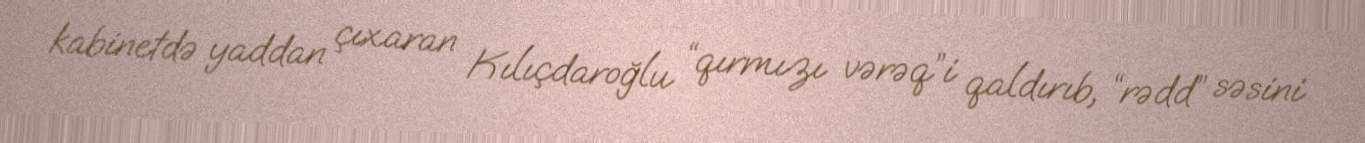
kabinetdə yaddan çıxaran Kılıçdaroğlu “qırmızı vərəq”i qaldırıb, “rədd” səsini